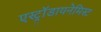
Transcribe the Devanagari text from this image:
एस्ट्राॅडायनेमिस्ट